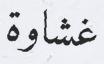
غشاوة